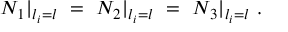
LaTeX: N _ { 1 } | _ { l _ { i } = l } ~ = ~ N _ { 2 } | _ { l _ { i } = l } { } ~ = ~ N _ { 3 } | _ { l _ { i } = l } ~ .